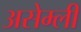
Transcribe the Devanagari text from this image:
असेम्ली